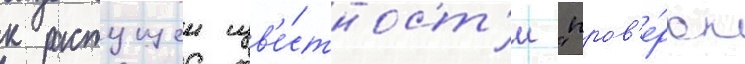
к растущеи изв'е́стност'и "пров'е́рок